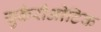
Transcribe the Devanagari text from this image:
युकैरीओटिक